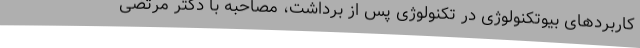
کاربردهای بیوتکنولوژی در تکنولوژی پس از برداشت، مصاحبه با دکتر مرتضی